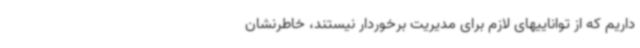
داریم که از تواناییهای لازم برای مدیریت برخوردار نیستند، خاطرنشان